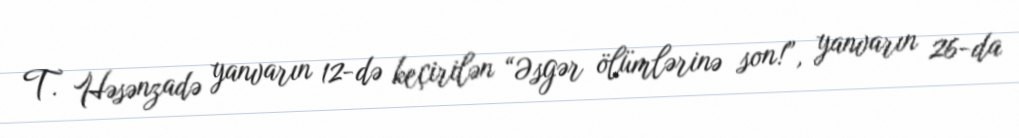
T. Həsənzadə yanvarın 12-də keçirilən “Əsgər ölümlərinə son!”, yanvarın 26-da